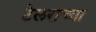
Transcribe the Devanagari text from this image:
टेलराच्या